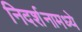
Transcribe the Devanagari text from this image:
निदर्शनामध्ये